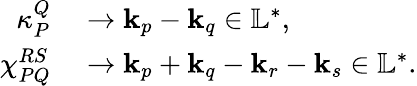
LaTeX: \begin{array}{rl}{\kappa_{P}^{Q}}&{{}\rightarrow\mathbf{k}_{p}-\mathbf{k}_{q}\in\mathbb{L}^{*},}\\ {\chi_{PQ}^{RS}}&{{}\rightarrow\mathbf{k}_{p}+\mathbf{k}_{q}-\mathbf{k}_{r}-\mathbf{k}_{s}\in\mathbb{L}^{*}.}\end{array}